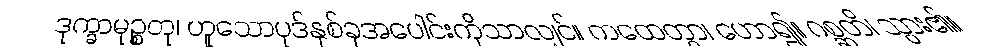
ဒုက္ခာမုဉ္စတု၊ ဟူသောပုဒ်နှစ်ခုအပေါင်းကိုသာလျှင်။ ကထေတွာ၊ ဟော၍။ ဂစ္ဆတိ၊ သွား၏။